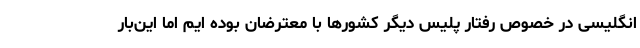
انگلیسی در خصوص رفتار پلیس دیگر کشورها با معترضان بوده ایم اما این‌بار